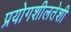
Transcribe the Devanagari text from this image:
प्रयोगशीलतेशी